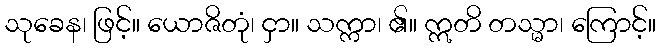
သုခေန၊ ဖြင့်။ ယောဇိတုံ၊ ငှာ။ သက္ကာ၊ ၏။ ဣတိ တသ္မာ၊ ကြောင့်။